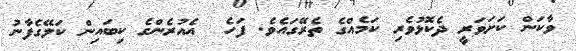
ވާކަން ކަށަވަރީ ދެކޮޅުވެރި ކަމެއްގެ ތެރޭގައެވެ. ފަހެ  އެއުރެންގެ ކިބައިން ކަލޭގެފާނު